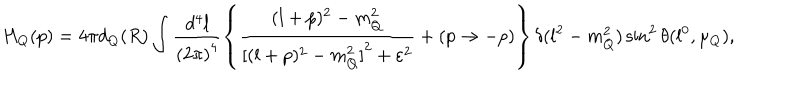
H _ { Q } ( p ) = 4 \pi d _ { Q } ( R ) \int \frac { d ^ { 4 } l } { { ( 2 \pi ) } ^ { 4 } } \left\{ \frac { ( l + p ) ^ { 2 } - m _ { Q } ^ { 2 } } { { [ ( l + p ) ^ { 2 } - m _ { Q } ^ { 2 } ] } ^ { 2 } + \varepsilon ^ { 2 } } + ( p \to - p ) \right\} \delta ( l ^ { 2 } - m _ { Q } ^ { 2 } ) \sin ^ { 2 } \theta ( l ^ { 0 } , \mu _ { Q } ) ,